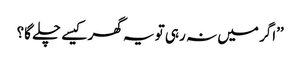
’’اگر میں نہ رہی تو یہ گھر کیسے چلے گا؟